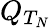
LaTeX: Q_{T_{N}}